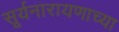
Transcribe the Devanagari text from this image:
सूर्यनारायणाच्या